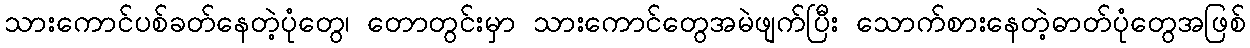
သားကောင်ပစ်ခတ်နေတဲ့ပုံတွေ၊ တောတွင်းမှာ သားကောင်တွေအမဲဖျက်ပြီး သောက်စားနေတဲ့ဓာတ်ပုံတွေအဖြစ်